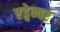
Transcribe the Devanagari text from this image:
एड्वेन्चर